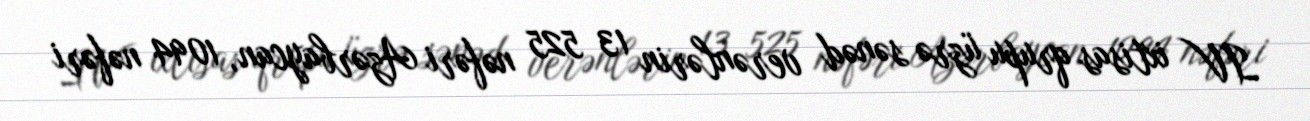
IV ixtisas qrupu üzrə sənəd verənlərin 13 525 nəfəri Azərbaycan, 1094 nəfəri